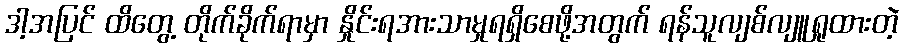
ဒါ့အပြင် ထိတွေ့ တိုက်ခိုက်ရာမှာ နှိုင်းရအားသာမှုရရှိစေဖို့အတွက် ရန်သူလျစ်လျူရှုထားတဲ့